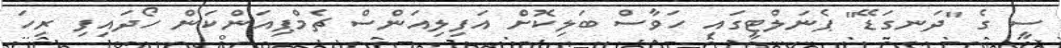
ސީ ގެ "ދަނގަޑޭ" ޕެނަލްޓީގައި ހަވާސް ބަލިކޮށް އަފިލިއަންސް ޗެމްޕިއަންކަން ހޯދައިފި ރިހަ